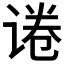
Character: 𬤃